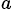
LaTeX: ^\textit{a}